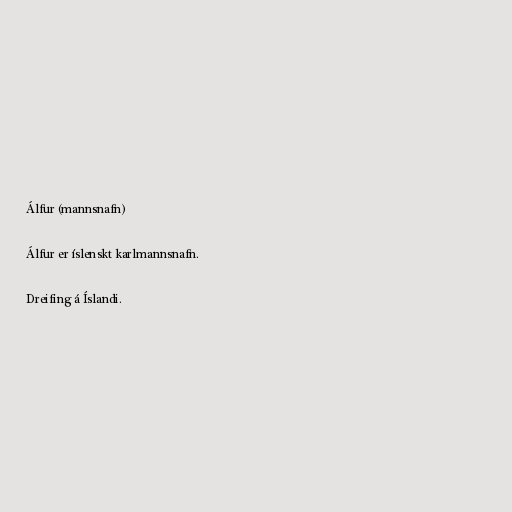
Álfur (mannsnafn)

Álfur er íslenskt karlmannsnafn.

Dreifing á Íslandi.